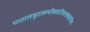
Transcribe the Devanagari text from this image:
पातालभूतलव्योमचारिणश्छद्मचारिणः।